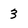
Character: 3